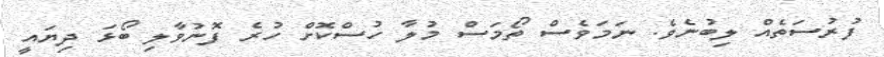
ފުރުސަތެއް ލިބުނެވެ. ނަމަވެސް ތޯމަސް މުލާ ހުސްކޮށް ހުރެ ފޮނުވާލި ބޯޅަ ދިޔައީ